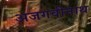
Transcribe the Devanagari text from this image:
अजगवीनाथ